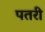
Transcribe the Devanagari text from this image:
पतरी